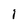
Character: l